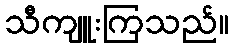
သီကျူးကြသည်။